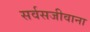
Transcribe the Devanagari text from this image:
सर्वसजीवाना